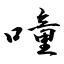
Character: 噇